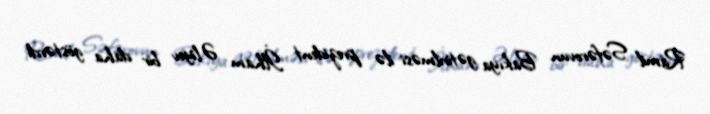
Ramil Səfərovun Bakıya gətirilməsi ilə prezident İlham Əliyev bir daha göstərdi